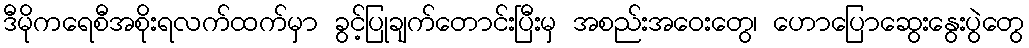
ဒီမိုကရေစီအစိုးရလက်ထက်မှာ ခွင့်ပြုချက်တောင်းပြီးမှ အစည်းအဝေးတွေ၊ ဟောပြောဆွေးနွေးပွဲတွေ